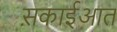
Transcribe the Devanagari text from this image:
स़काईआत